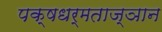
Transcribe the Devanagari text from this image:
पक्षधर्मताज्ञान